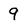
Character: 9